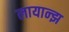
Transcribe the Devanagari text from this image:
लायान्झ